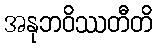
အနုဘဝိဿတီတိ